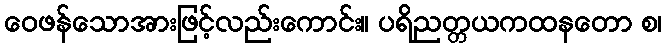
ဝေဖန်သောအားဖြင့်လည်းကောင်း။ ပရိညတ္တယကထနတော စ၊